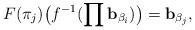
LaTeX: \begin{align*}F(\pi_{j}) \big(f^{-1}(\prod \mathbf{b}_{\beta_{i}})\big) = \mathbf{b}_{\beta_{j}},\end{align*}